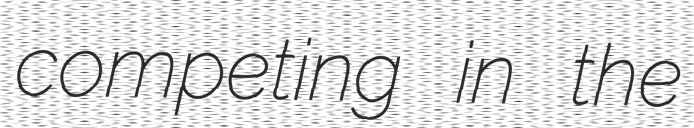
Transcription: competing in the